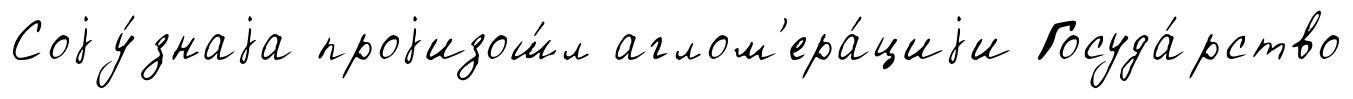
Соjу́знаjа проjизош́л аглом'ера́циjи Госуда́рство